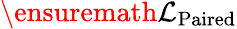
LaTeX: \ensuremath{\mathcal{L}}_{\textnormal{{Paired}}}